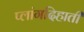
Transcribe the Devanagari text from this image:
प्लांगदिहाती